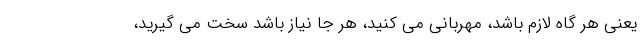
یعنی هر گاه لازم باشد، مهربانی می کنید، هر جا نیاز باشد سخت می گیرید،